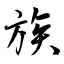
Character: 族